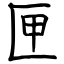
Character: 匣